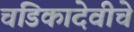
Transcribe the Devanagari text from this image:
चंडिकादेवीचे